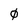
Character: 0